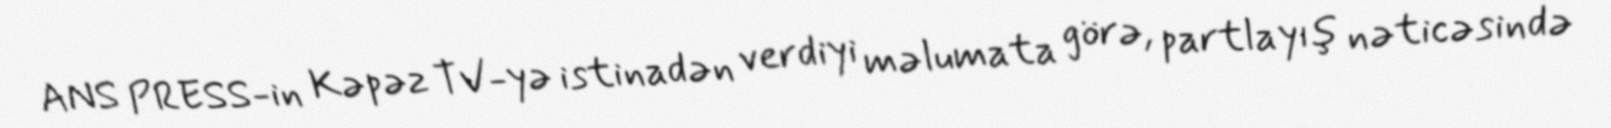
ANS PRESS-in Kəpəz TV-yə istinadən verdiyi məlumata görə, partlayış nəticəsində